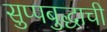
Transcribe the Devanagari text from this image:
सुप्पबुद्धाची